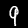
Label: 9